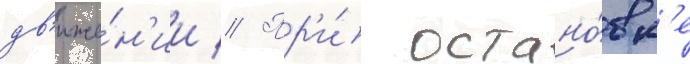
дв'иже́н'ии // Пр'и́ остано́вк'е